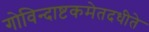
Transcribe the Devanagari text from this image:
गोविन्दाष्टकमेतदधीते